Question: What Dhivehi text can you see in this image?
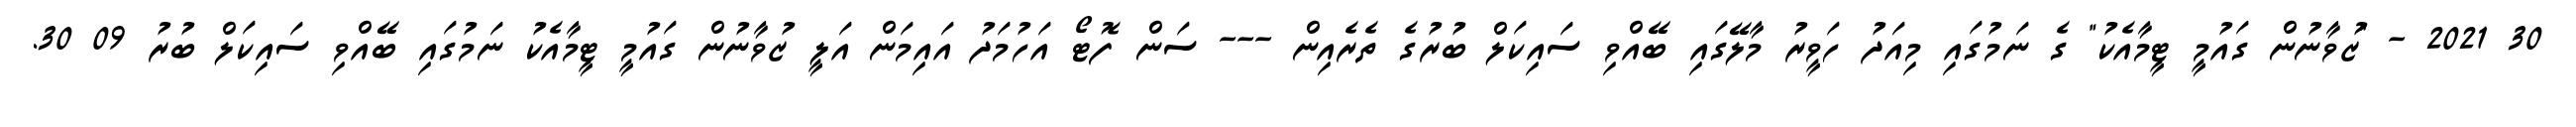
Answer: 30 2021 - "ޒުވާނުން ގައުމީ ޓީމާއެކު" ގެ ނަމުގައި މިއަދު ހަވީރު މާލޭގައި ބޭއްވި ސައިކަލް ބުރުގެ ތެރެއިން --- ސަން ފޮޓޯ އަހުމަދު އައިމަން އަލީ ޒުވާނުން ގައުމީ ޓީމާއެކު ނަމުގައި ބޭއްވި ސައިކަލް ބުރު 09 30.